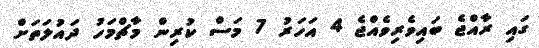
ގައި ރާއްޖެ ބައިވެރިވެއްޖެ 4 އަހަރު 7 މަސް ކުރިން މާޗްމަހު ދައުލަތަށް